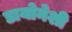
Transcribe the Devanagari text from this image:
डायोनेशी